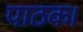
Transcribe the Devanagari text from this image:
पाठक।